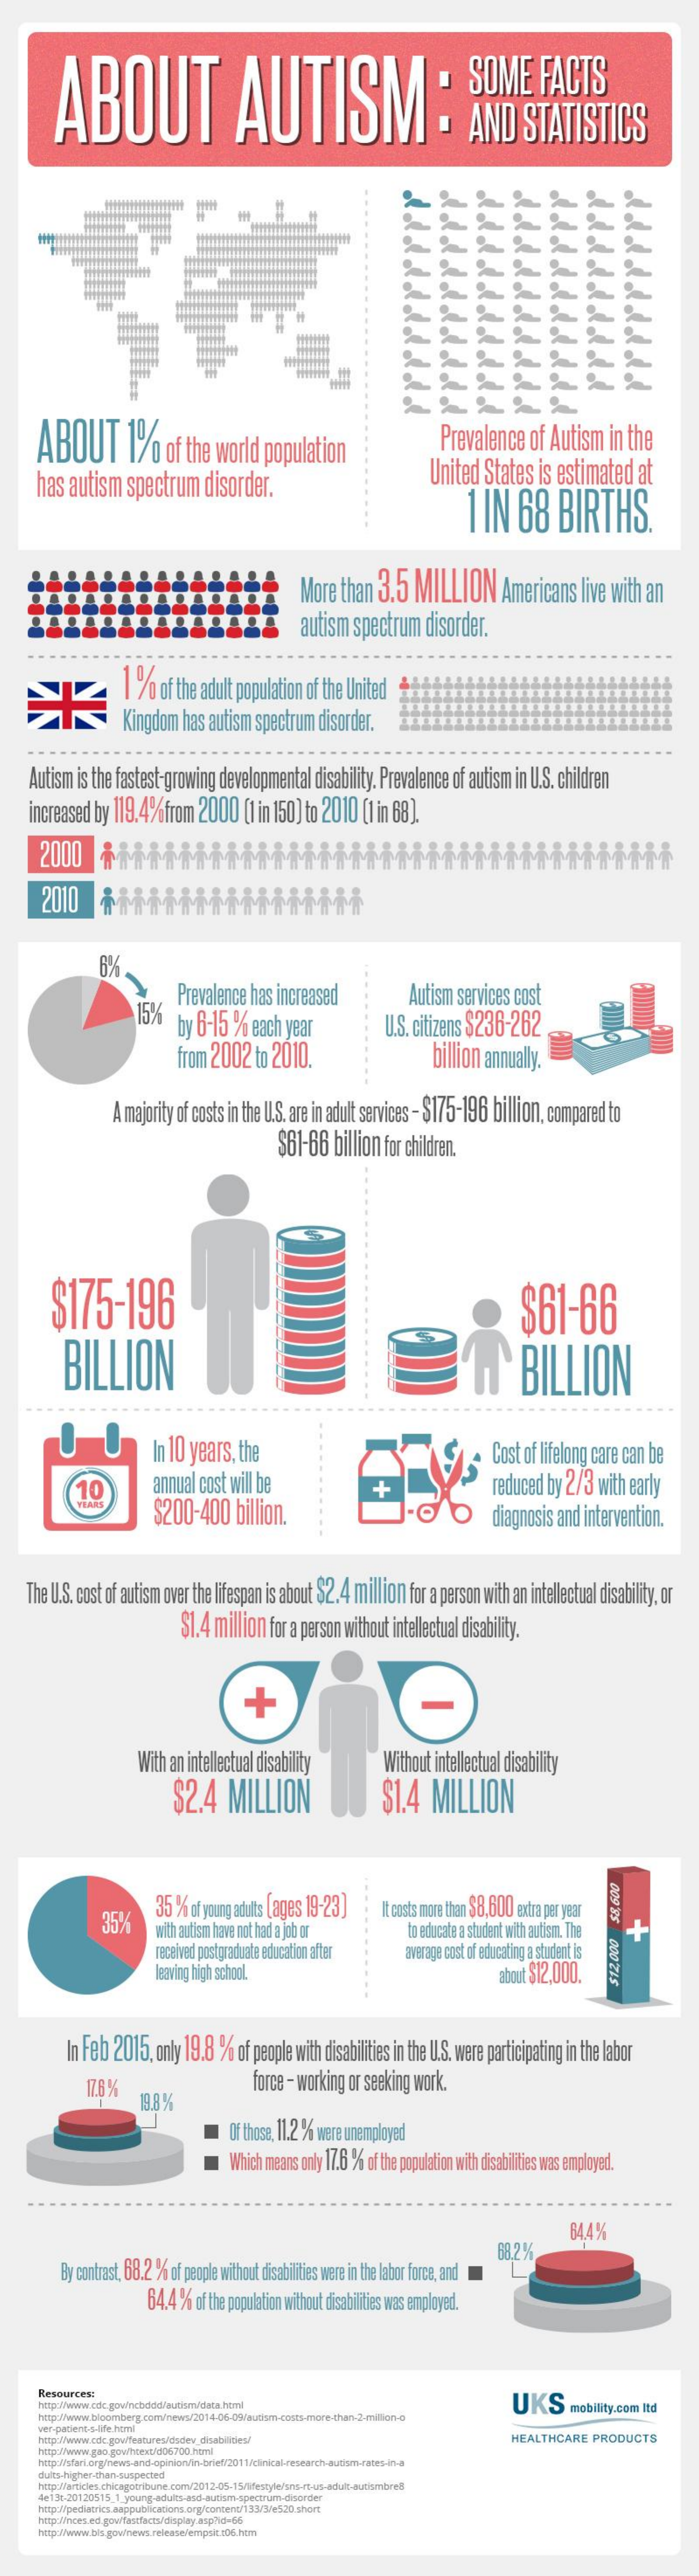
ABOUT    AUTISM:    SOME    FACTS
     AND    STATISTICS
     rrrrrrrrr
     ABOUT    1%    of the world  population    Prevalence   of Autism  in the
     has  autism  spectrum   disorder.    United States  is estimated  at
     1 IN   68   BIRTHS.
     More  than 3.5  MILLION    Americans  live with an
     autism spectrum  disorder.
     1  %  of the adult population of the United
     Kingdom has autism spectrum disorder.
    Autism is the fastest-growing developmental disability. Prevalence of autism in U.S. children
    increased by 119.4%from 2000   [1 in 150] to 2010 (1 in 68].
     2010    HMMMMMMMMMM
     6%.
     15%
     Prevalence has increased
     by 6-15 % each year
     Autism services cost
     from 2002  to 2010.
     U.S. citizens $236-262
     billion annually.
     A majority of costs in the U.S. are in adult services - $175-196 billion, compared to
     $61-66  billion for children.
     $175-196
     BILLION
     $61-66
     n`    BILLION
     In 10 years, the    Cost of lifelong care can be
     annual cost will be
     $200-400    billion.
     +    reduced by 2/3 with early
     diagnosis and intervention.
    The U.S. cost of autism over the lifespan is about $2.4 million for a person with an intellectual disability, or
     $1.4 million for a person without intellectual disability.
     +    -
     With an intellectual disability
     $2.4   MILLION
     Without intellectual disability
     $1.4   MILLION
     35%    35 % of young adults [ages 19-23] It costs more than $8,600 extra per year
     with autism have not had a job or
     received postgraduate education after
     to educate a student with autism. The +
     000
     ZIS
     average cost of educating a student is
     leaving high school.    about $12,000.
     In Feb 2015, only 19.8 % of people with disabilities in the U.S. were participating in the labor
     17.8 %    force - working or seeking work.
     19.8%
     Of those, 11.2 % were unemployed
     Which means only 17.6 % of the population with disabilities was employed.
     68.2%
     644%
     By contrast, 68.2 % of people without disabilities were in the labor force, and
     64.4 % of the population without disabilities was employed.
     Resources;
     http://www.ede.gowinchedel/author/data.html    UKS    mobility.com ltd
     HEALTHCARE  PRODUCTS
     dults-higher-than-suspected
     http://articles.chicagotribune.com/2012-05-15/lifestyle/sms-rt-us-adult-autismbrel